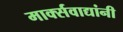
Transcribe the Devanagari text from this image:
मार्क्‍सवाद्यांनी